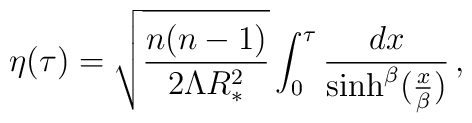
\eta(\tau)=\sqrt{n(n-1)\over 2\Lambda R_*^2} \int_0^\tau {dx\over \sinh^\beta ({x\over\beta})} \, ,